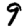
Digit: 9